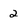
Character: 2